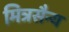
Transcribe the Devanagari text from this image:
मित्रसैन्य